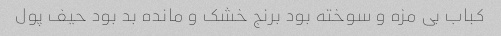
کباب بى مزه و سوخته بود برنج خشک و مانده بد بود حیف پول